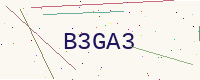
Text: B3GA3